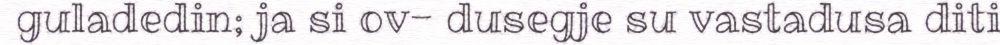
guladedin; ja si ov- dusegje su vastadusa diti